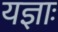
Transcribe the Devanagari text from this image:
यज्ञाः